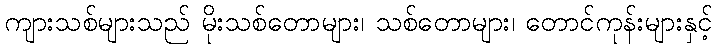
ကျားသစ်များသည် မိုးသစ်တောများ၊ သစ်တောများ၊ တောင်ကုန်းများနှင့်